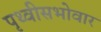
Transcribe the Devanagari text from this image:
पृथ्वीसभोवार